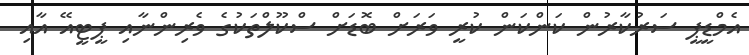
އެމްޑީޕީ ސަރުކާރުން ކަންކަން ކުރީ ވަރަށް ބޮޑަށް ސްކޫލްތަކުގެ ވެރިންނާއި ޕީޓީއޭ އާއި